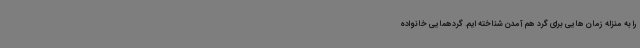
را به منزله زمان هایی برای گرد هم آمدن شناخته ایم. گردهمایی خانواده